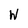
Character: W